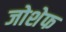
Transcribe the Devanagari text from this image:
जोशेफ